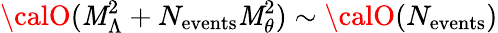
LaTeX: {\calO}(\mathit{M}_{\Lambda}^{2}+N_{\mathrm{{events}}}\mathit{M}_{\theta}^{2})\sim{\calO}(N_{\mathrm{{events}}})